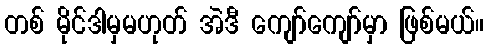
တစ် မိုင်ဒါမှမဟုတ် အဲဒီ ကျော်ကျော်မှာ ဖြစ်မယ်။